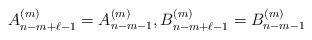
LaTeX: \begin{align*}A^{(m)}_{n-m+\ell-1}=A^{(m)}_{n-m-1}, B^{(m)}_{n-m+\ell-1}=B^{(m)}_{n-m-1}\end{align*}